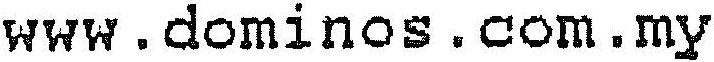
WWW.DOMINOS.COM.MY